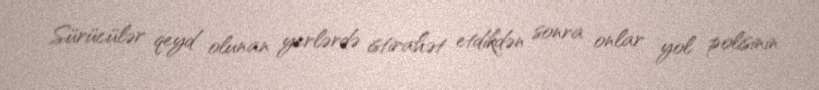
Sürücülər qeyd olunan yerlərdə istirahət etdikdən sonra onlar yol polisinin